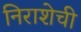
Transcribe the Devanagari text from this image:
निराशेची